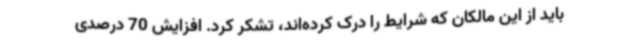
باید از این مالکان که شرایط را درک کرده‌اند، تشکر کرد. افزایش 70 درصدی